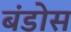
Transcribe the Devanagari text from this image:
बंडोस